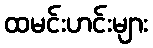
ထမင်းဟင်းများ